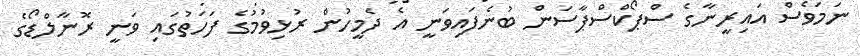
ނަމަވެސް އައިރީނާގެ ސްޕޯކްސްޕާސަން ބުނެފައިވަނީ އެ ދެމީހުން ރުޅިވުމުގެ ފަހަތުގައި ވަނީ ރޮނާލްޑޯގެ